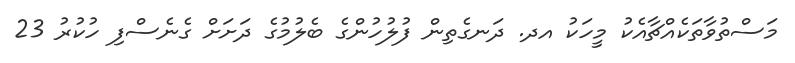
މަސްތުވާތަކެއްޗާއެކު މީހަކު އދ. ދަނގެތިން ފުލުހުންގެ ބެލުމުގެ ދަށަށް ގެނެސްފި ހުކުރު 23